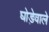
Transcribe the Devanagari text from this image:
घोड़ेवाले